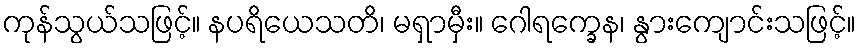
ကုန်သွယ်သဖြင့်။ နပရိယေသတိ၊ မရှာမှီး။ ဂေါရက္ခေန၊ နွားကျောင်းသဖြင့်။